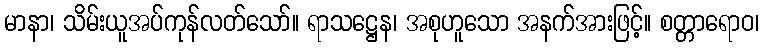
မာနာ၊ သိမ်းယူအပ်ကုန်လတ်သော်။ ရာသဋ္ဌေန၊ အစုဟူသော အနက်အားဖြင့်။ စတ္တာရောဝ၊